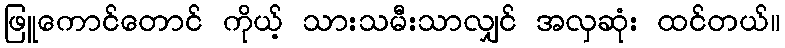
ဖြူကောင်တောင် ကိုယ့် သားသမီးသာလျှင် အလှဆုံး ထင်တယ်။